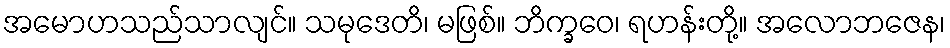
အမောဟသည်သာလျင်။ သမုဒေတိ၊ မဖြစ်။ ဘိက္ခဝေ၊ ရဟန်းတို့။ အလောဘဇေန၊